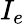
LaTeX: I_{e}